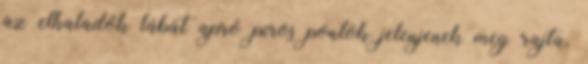
az elhaladók lábát apró piros pontok jelenjenek meg rajta.